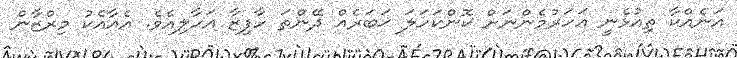
އަނެއްކާ ތިއުޅެނީ އަހަރުމެންނަށް ކޮންކަހަލަ ޚަބަރެއް ދޭންތަ ހާފިޒާ އަހާލިއެވެ. އެއާއެކު މިރްޒާން